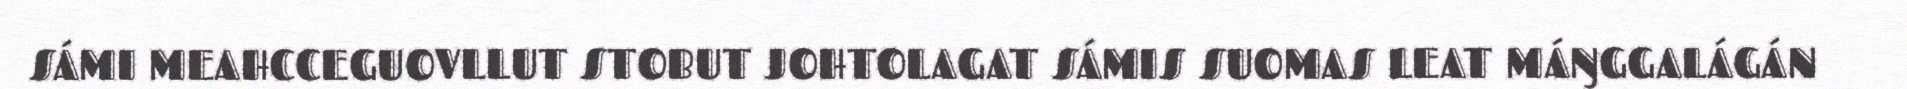
SÁMI MEAHCCEGUOVLLUT STOBUT JOHTOLAGAT SÁMIS SUOMAS LEAT MÁŊGGALÁGÁN